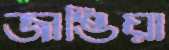
জাঙিয়া